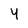
Character: 4